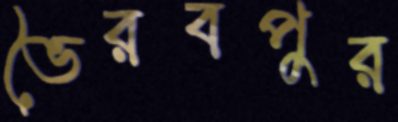
ভৈরবপুর